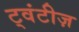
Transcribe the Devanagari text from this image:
ट्वंटीज़